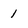
Character: 1